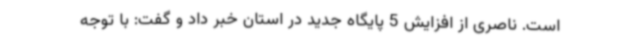
است. ناصری از افزایش 5 پایگاه جدید در استان خبر داد و گفت: با توجه